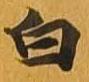
白